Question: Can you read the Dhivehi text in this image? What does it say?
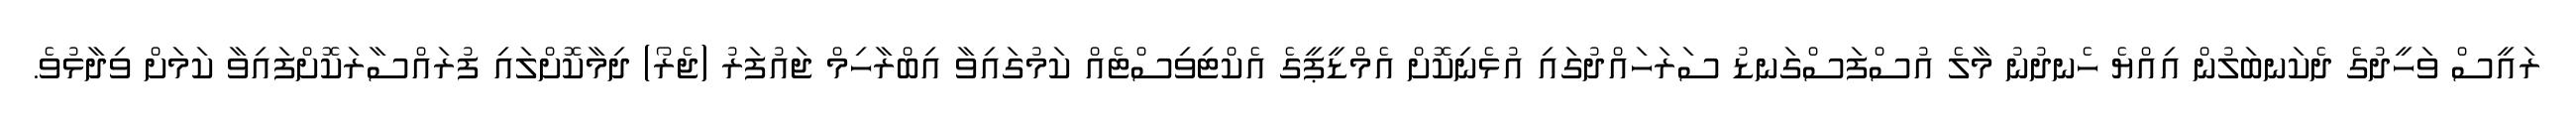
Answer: ރައީސް ވަހީދުގެ ދެކަނބަލުން އިއްޔެ ހެނދުނު މާލެ އުސްފަސްގަނޑު ސަރަހައްދުގައި އުޅެނިކޮށް އެމްޑީޕީގެ އެކްޓިވިސްޓެއް ކަމުގައިވާ އިބްރާހިމް ޖައުފަރު (ޖެރޯ) ދިމާކޮށްލައި ފުރައްސާރަކޮށްފައިވާ ކަމަށް ވިދާޅުވެ.